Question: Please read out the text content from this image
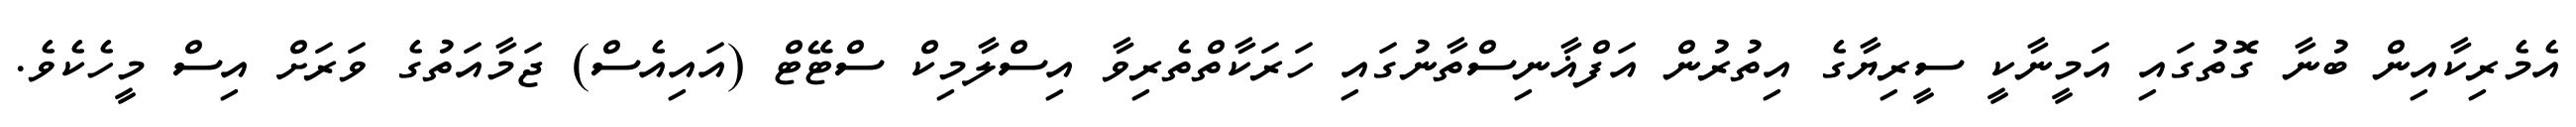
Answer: އެމެރިކާއިން ބުނާ ގޮތުގައި އަމީނާކީ ސީރިޔާގެ އިތުރުން އަފްޣާނިސްތާނުގައި ހަރަކާތްތެރިވާ އިސްލާމިކް ސްޓޭޓް (އައިއެސް) ޖަމާއަތުގެ ވަރަށް އިސް މީހެކެވެ.